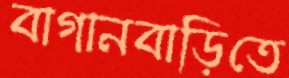
বাগানবাড়িতে